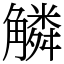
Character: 䚬